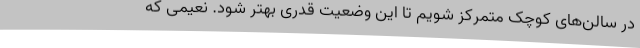
در سالن‌های کوچک متمرکز شویم تا این وضعیت قدری بهتر شود. نعیمی که